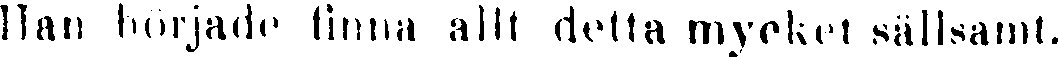
Han började finna allt detta mycket sällsamt.